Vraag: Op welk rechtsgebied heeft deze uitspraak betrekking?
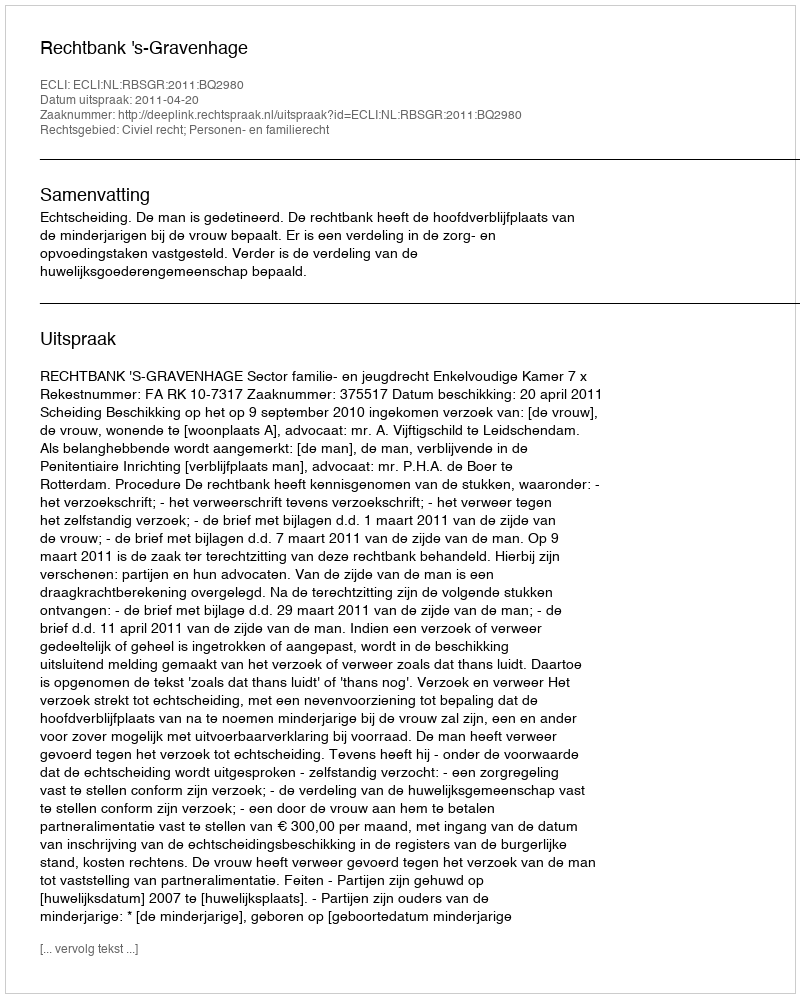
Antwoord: Civiel recht; Personen- en familierecht